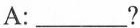
A:___?